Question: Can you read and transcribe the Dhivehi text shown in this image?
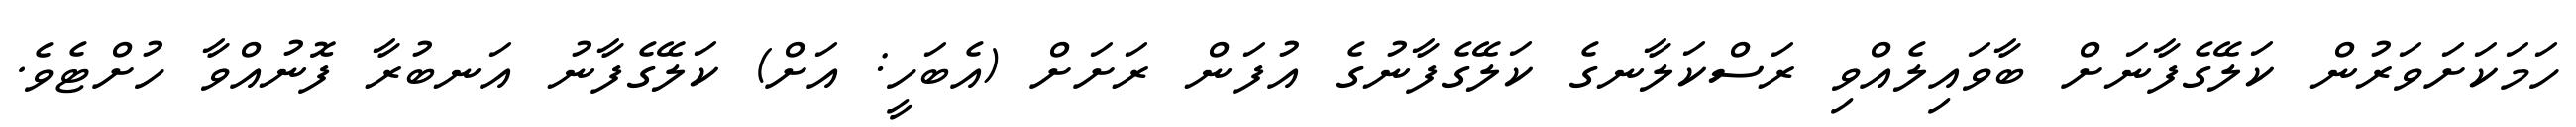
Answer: ހަމަކަށަވަރުން ކަލޭގެފާނަށް ބާވައިލެއްވި ރަސްކަލާނގެ ކަލޭގެފާނުގެ އުފަން ރަށަށް (އެބަހީ: އަށް) ކަލޭގެފާނު އަނބުރާ ފޮނުއްވާ ހުށްޓެވެ.